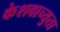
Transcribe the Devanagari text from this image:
केेशवाच्युता